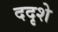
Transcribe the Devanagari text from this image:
ददृशे